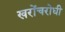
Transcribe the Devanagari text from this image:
खरोंचरोधी